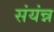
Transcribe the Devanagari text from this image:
संयंन्न